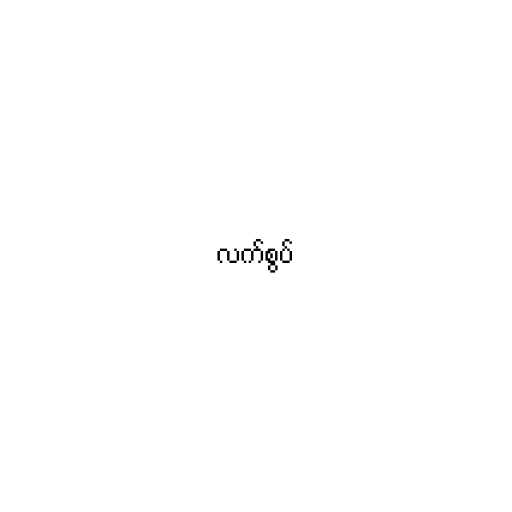
လက်စွပ်